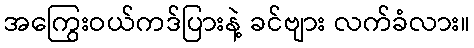
အကြွေးဝယ်ကဒ်ပြားနဲ့ ခင်ဗျား လက်ခံလား။